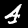
Label: 4